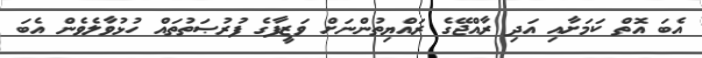
އެބަ އޮތް ކަމަށާއި އަދި ރާއްޖޭގެ ރައްޔިތުންނަށް ވަޒީފާގެ ފުރުޞަތުތައް ހުޅުވާލެވެން އެބަ